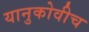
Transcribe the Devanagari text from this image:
यानुकोवीच